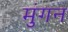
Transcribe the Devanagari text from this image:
मुंगन